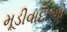
મૂડીવાદીઓ